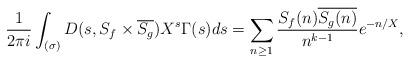
LaTeX: \begin{align*} \frac{1}{2\pi i} \int_{(\sigma)} D(s, S_f \times \overline{S_g}) X^s \Gamma(s) ds = \sum_{n \geq 1} \frac{S_f(n) \overline{S_g(n)}}{n^{k-1}} e^{-n/X},\end{align*}